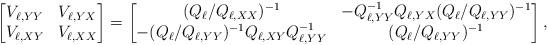
LaTeX: \begin{align*}\begin{bmatrix} V_{\ell, YY} & V_{\ell, YX} \\ V_{\ell, XY} & V_{\ell, XX} \end{bmatrix} & = \begin{bmatrix}(Q_{\ell} / Q_{\ell, XX})^{-1} & - Q_{\ell, YY}^{-1} Q_{\ell, YX} (Q_{\ell} / Q_{\ell, YY})^{-1} \\- (Q_{\ell} / Q_{\ell, YY})^{-1} Q_{\ell, XY} Q_{\ell, YY}^{-1} & (Q_{\ell} / Q_{\ell, YY})^{-1} \end{bmatrix} ,\end{align*}